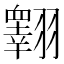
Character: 𦒢